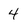
Character: 4